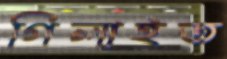
গিলাইত